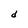
Character: d